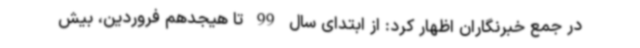
در جمع خبرنگاران اظهار کرد: از ابتدای سال 99 تا هیجدهم فروردین، بیش